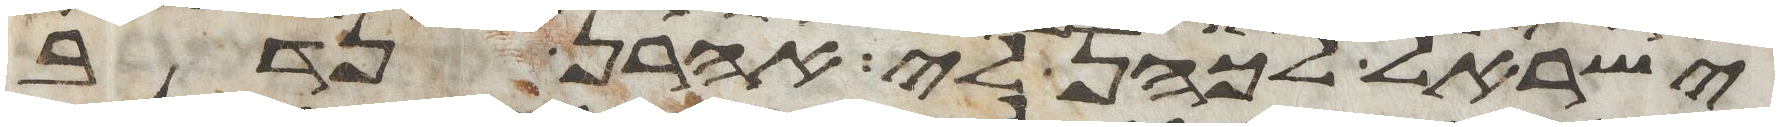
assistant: ישראל לכהן לי אהרן נדב